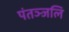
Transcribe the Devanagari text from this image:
पंतञ्जलि